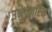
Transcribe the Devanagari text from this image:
उनुप्चारिक